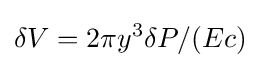
\delta V=2\pi y^{3}\delta P/(Ec)